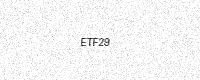
Text: ETF29